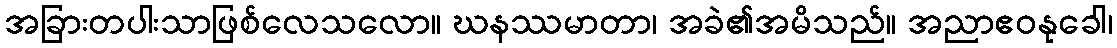
အခြားတပါးသာဖြစ်လေသလော။ ဃနဿမာတာ၊ အခဲ၏အမိသည်။ အညာဧဝနုခေါ၊